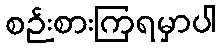
စဉ်းစားကြရမှာပါ